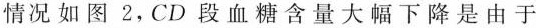
情况如图2，CD段血糖含量大幅下降是由于